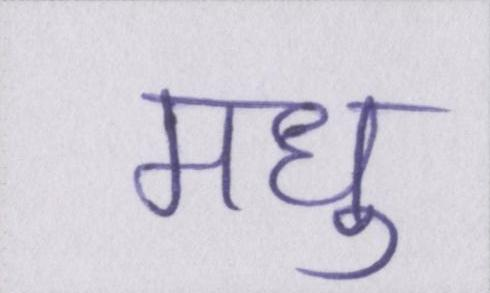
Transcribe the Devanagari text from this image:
मधु